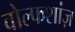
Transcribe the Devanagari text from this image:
वोल्फशांज़